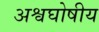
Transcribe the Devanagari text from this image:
अश्वघोषीय